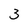
Character: 3